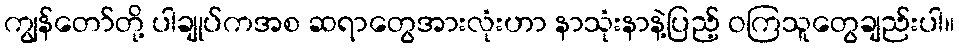
ကျွန်တော်တို့ ပါချုပ်ကအစ ဆရာတွေအားလုံးဟာ နာသုံးနာနဲ့ပြည့် ဝကြသူတွေချည်းပါ။